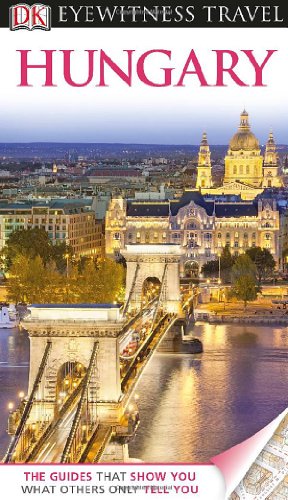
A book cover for DK Eyewitness Travel Guide: Hungary; Craig Turp; Travel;